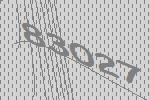
83027